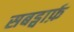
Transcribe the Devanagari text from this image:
सबड्वार्फ़